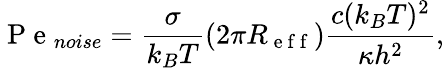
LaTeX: \mathrm{~P~e~}_{noise}=\frac{\sigma}{k_{B}T}(2\pi R_{\mathrm{~e~f~f~}})\frac{c(k_{B}T)^{2}}{\kappa h^{2}},